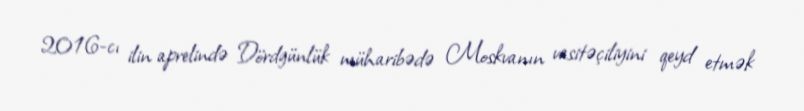
2016-cı ilin aprelində Dördgünlük müharibədə Moskvanın vasitəçiliyini qeyd etmək